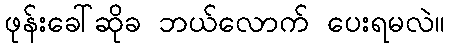
ဖုန်းခေါ်ဆိုခ ဘယ်လောက် ပေးရမလဲ။